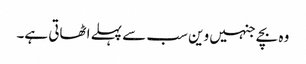
وہ بچے جنہیں وین سب سے پہلے اٹھاتی ہے۔